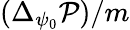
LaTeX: (\Delta_{\psi_{0}}\mathcal{P})/m